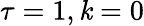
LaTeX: \tau=1,\mathit{k}=0